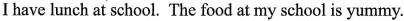
I have lunch at school. The food at my school is yummy.